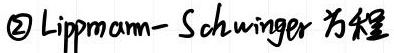
\textcircled{2} Lippmann - Schwinger 方程